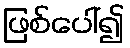
ဖြစ်ပေါ်၍